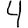
Digit: 4